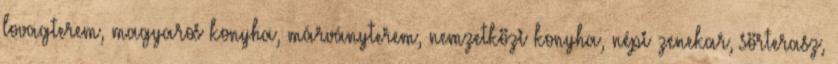
lovagterem, magyaros konyha, márványterem, nemzetközi konyha, népi zenekar, sörterasz,